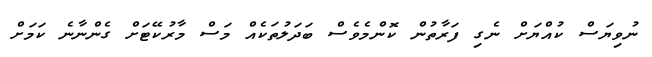
ނުވިޔަސް ކުއްޔަށް ނެގި ފަރާތުން ކޮންމެވެސް ބަދަލުތަކެއް މަސް މާރުކޭޓަށް ގެންނާނެ ކަމަށް